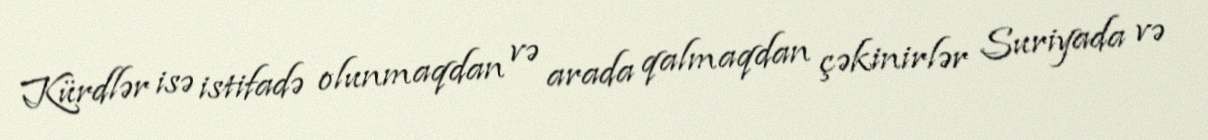
Kürdlər isə istifadə olunmaqdan və arada qalmaqdan çəkinirlər Suriyada və